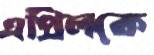
এপ্রিলকে